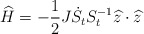
\begin{align*}\widehat{H}=-\frac{1}{2}J\dot{S}_{t}S_{t}^{-1}\widehat{z}\cdot\widehat{z}\end{align*}